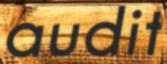
audit